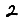
Digit: 2